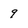
Character: 9